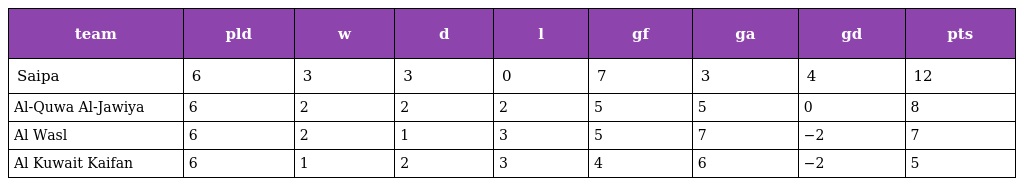
| team | pld | w | d | l | gf | ga | gd | pts |
 | --- | --- | --- | --- | --- | --- | --- | --- | --- |
 | Saipa | 6 | 3 | 3 | 0 | 7 | 3 | 4 | 12 |
 | Al-Quwa Al-Jawiya | 6 | 2 | 2 | 2 | 5 | 5 | 0 | 8 |
 | Al Wasl | 6 | 2 | 1 | 3 | 5 | 7 | −2 | 7 |
 | Al Kuwait Kaifan | 6 | 1 | 2 | 3 | 4 | 6 | −2 | 5 |